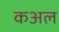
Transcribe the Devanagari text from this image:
कअल